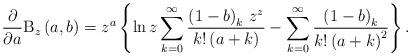
LaTeX: \begin{align*}\frac{\partial }{\partial a}\mathrm{B}_{z}\left( a,b\right) =z^{a}\left\{\ln z\sum_{k=0}^{\infty }\frac{\left( 1-b\right) _{k}\,z^{z}}{k!\left(a+k\right) }-\sum_{k=0}^{\infty }\frac{\left( 1-b\right) _{k}}{k!\left(a+k\right) ^{2}}\right\} . \end{align*}